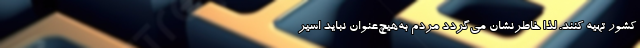
کشور تهیه کنند. لذا خاطرنشان می‌گردد مردم به‌هیچ‌عنوان نباید اسیر